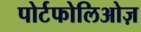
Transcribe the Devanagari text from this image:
पोर्टफोलिओज़